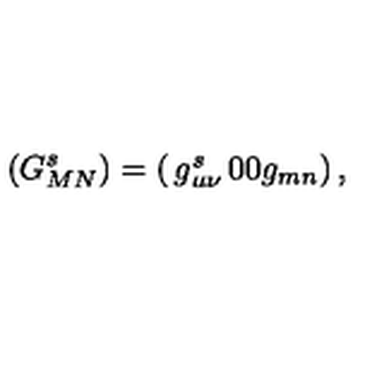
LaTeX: \left( G _ { M N } ^ { s } \right) = \left( \begin{matrix} { g _ { \mu \nu } ^ { s } } & { 0 } \\ { 0 } & { g _ { m n } } \\ \end{matrix} \right) ,